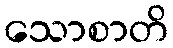
သောစာတိ